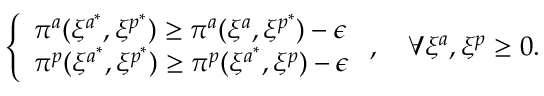
\left\{ \begin{array} { l l } { \pi ^ { a } ( \xi ^ { a ^ { * } } , \xi ^ { p ^ { * } } ) \geq \pi ^ { a } ( \xi ^ { a } , \xi ^ { p ^ { * } } ) - \epsilon } \\ { \pi ^ { p } ( \xi ^ { a ^ { * } } , \xi ^ { p ^ { * } } ) \geq \pi ^ { p } ( \xi ^ { a ^ { * } } , \xi ^ { p } ) - \epsilon } \end{array} \right. , \quad \forall \xi ^ { a } , \xi ^ { p } \geq 0 .